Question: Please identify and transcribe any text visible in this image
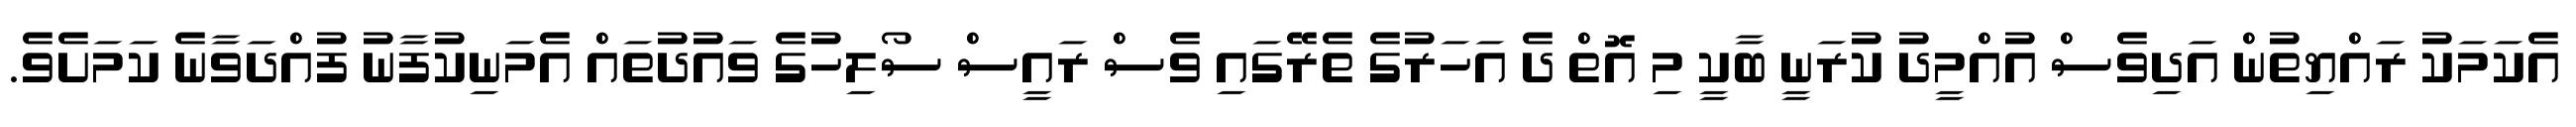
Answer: އެކަމަކު ރައްޔިތުން އަދިވެސް އުއްމީދު ކުރަނީ ބާކީ މި އޮތް ދެ އަހަރުގެ ތެރޭގައި ވެސް ރައީސް ސޯލިހުގެ ވައުދުތައް އެމަނިކުފާނު ފުއްދަވާނެ ކަމަށެވެ.